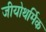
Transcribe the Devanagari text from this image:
जीयोथर्मिक